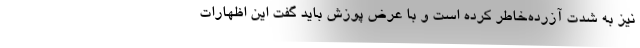
نیز به شدت آزرده‌خاطر کرده است و با عرض پوزش باید گفت این اظهارات